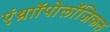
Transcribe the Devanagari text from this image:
एंथ्राॉपोलॉजिकल